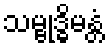
သမ္ဗုဒ္ဓိမန္တံ